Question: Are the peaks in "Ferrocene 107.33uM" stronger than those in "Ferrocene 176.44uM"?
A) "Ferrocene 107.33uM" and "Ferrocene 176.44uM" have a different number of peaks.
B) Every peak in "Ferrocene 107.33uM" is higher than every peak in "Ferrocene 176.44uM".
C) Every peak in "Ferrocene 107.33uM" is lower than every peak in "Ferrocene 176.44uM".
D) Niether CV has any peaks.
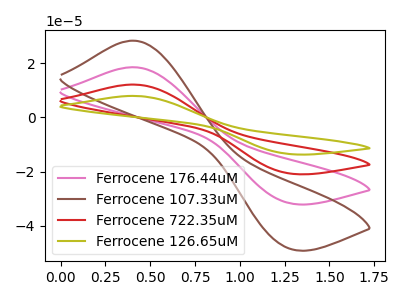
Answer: <think>The pink curve "Ferrocene 176.44uM" has an anodic peak at (0.40V, 18.45uA) and a cathodic peak at (1.25V, -31.50uA). The brown curve "Ferrocene 107.33uM" has an anodic peak at (0.40V, 28.25uA) and a cathodic peak at (1.25V, -48.20uA). The red curve "Ferrocene 722.35uM" has an anodic peak at (0.40V, 36.95uA) and a cathodic peak at (1.25V, -63.00uA). The olive curve "Ferrocene 126.65uM" has an anodic peak at (0.40V, 55.40uA) and a cathodic peak at (1.25V, -94.50uA).</think>
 <answer>B) Every peak in "Ferrocene 107.33uM" is higher than every peak in "Ferrocene 176.44uM".</answer>
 <eval>B</eval>